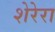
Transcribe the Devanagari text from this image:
शेरेरा